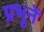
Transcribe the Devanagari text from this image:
प्रभूनें